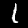
Digit: 1